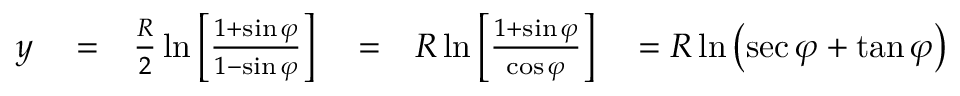
\begin{array} { r l r l r l } { y } & { { } = } & { { \frac { R } { 2 } } \ln \left[ { \frac { 1 + \sin \varphi } { 1 - \sin \varphi } } \right] } & { { } = } & { { R } \ln \left[ { \frac { 1 + \sin \varphi } { \cos \varphi } } \right] } & { { } = R \ln \left( \sec \varphi + \tan \varphi \right) } \end{array}